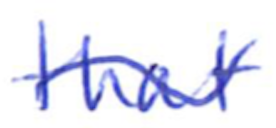
Text: that
Cross-out: wave
Writing tool: ballpoint